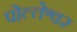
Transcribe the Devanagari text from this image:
पोल्तेश्वर